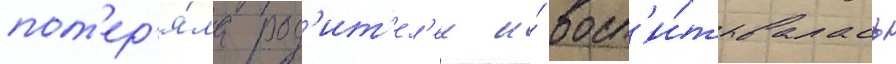
пот'ер'я́ла род'ит'ел'еи и́ восп'и́тывалась